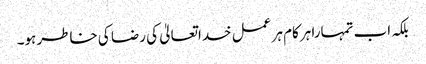
بلکہ اب تمہارا ہرکام ہر عمل خداتعالیٰ کی رضا کی خاطر ہو۔